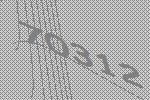
70312